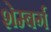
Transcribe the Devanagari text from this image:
शेम्बर्ग